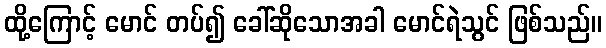
ထို့ကြောင့် မောင် တပ်၍ ခေါ်ဆိုသောအခါ မောင်ရဲသွင် ဖြစ်သည်။